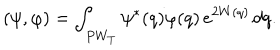
( \psi , \varphi ) = \int _ { P W _ { T } } \psi ^ { * } ( q ) \varphi ( q ) \, e ^ { 2 W ( q ) } \, d q .